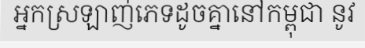
អ្នកស្រឡាញ់ភេទដូចគ្នានៅកម្ពុជា នូវ